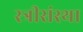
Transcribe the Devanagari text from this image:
स्त्रीसंस्था